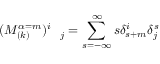
( M _ { ( k ) } ^ { \alpha = m } ) _ { \quad j } ^ { i } = \sum _ { s = - \infty } ^ { \infty } s \delta _ { s + m } ^ { i } \delta _ { j } ^ { s }